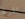
المريخ